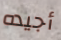
أجيده